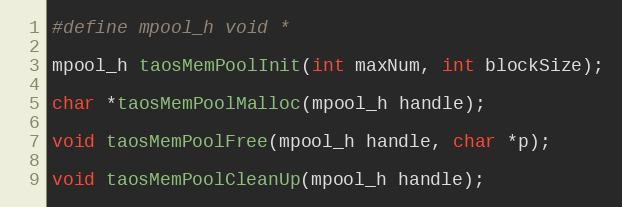
Language: C
#define mpool_h void *

mpool_h taosMemPoolInit(int maxNum, int blockSize);

char *taosMemPoolMalloc(mpool_h handle);

void taosMemPoolFree(mpool_h handle, char *p);

void taosMemPoolCleanUp(mpool_h handle);